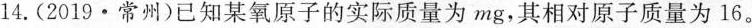
14.（2019·常州）已知某氧原子的实际质量为mg，其相对原子质量为16。